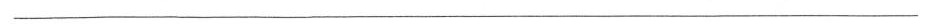
___